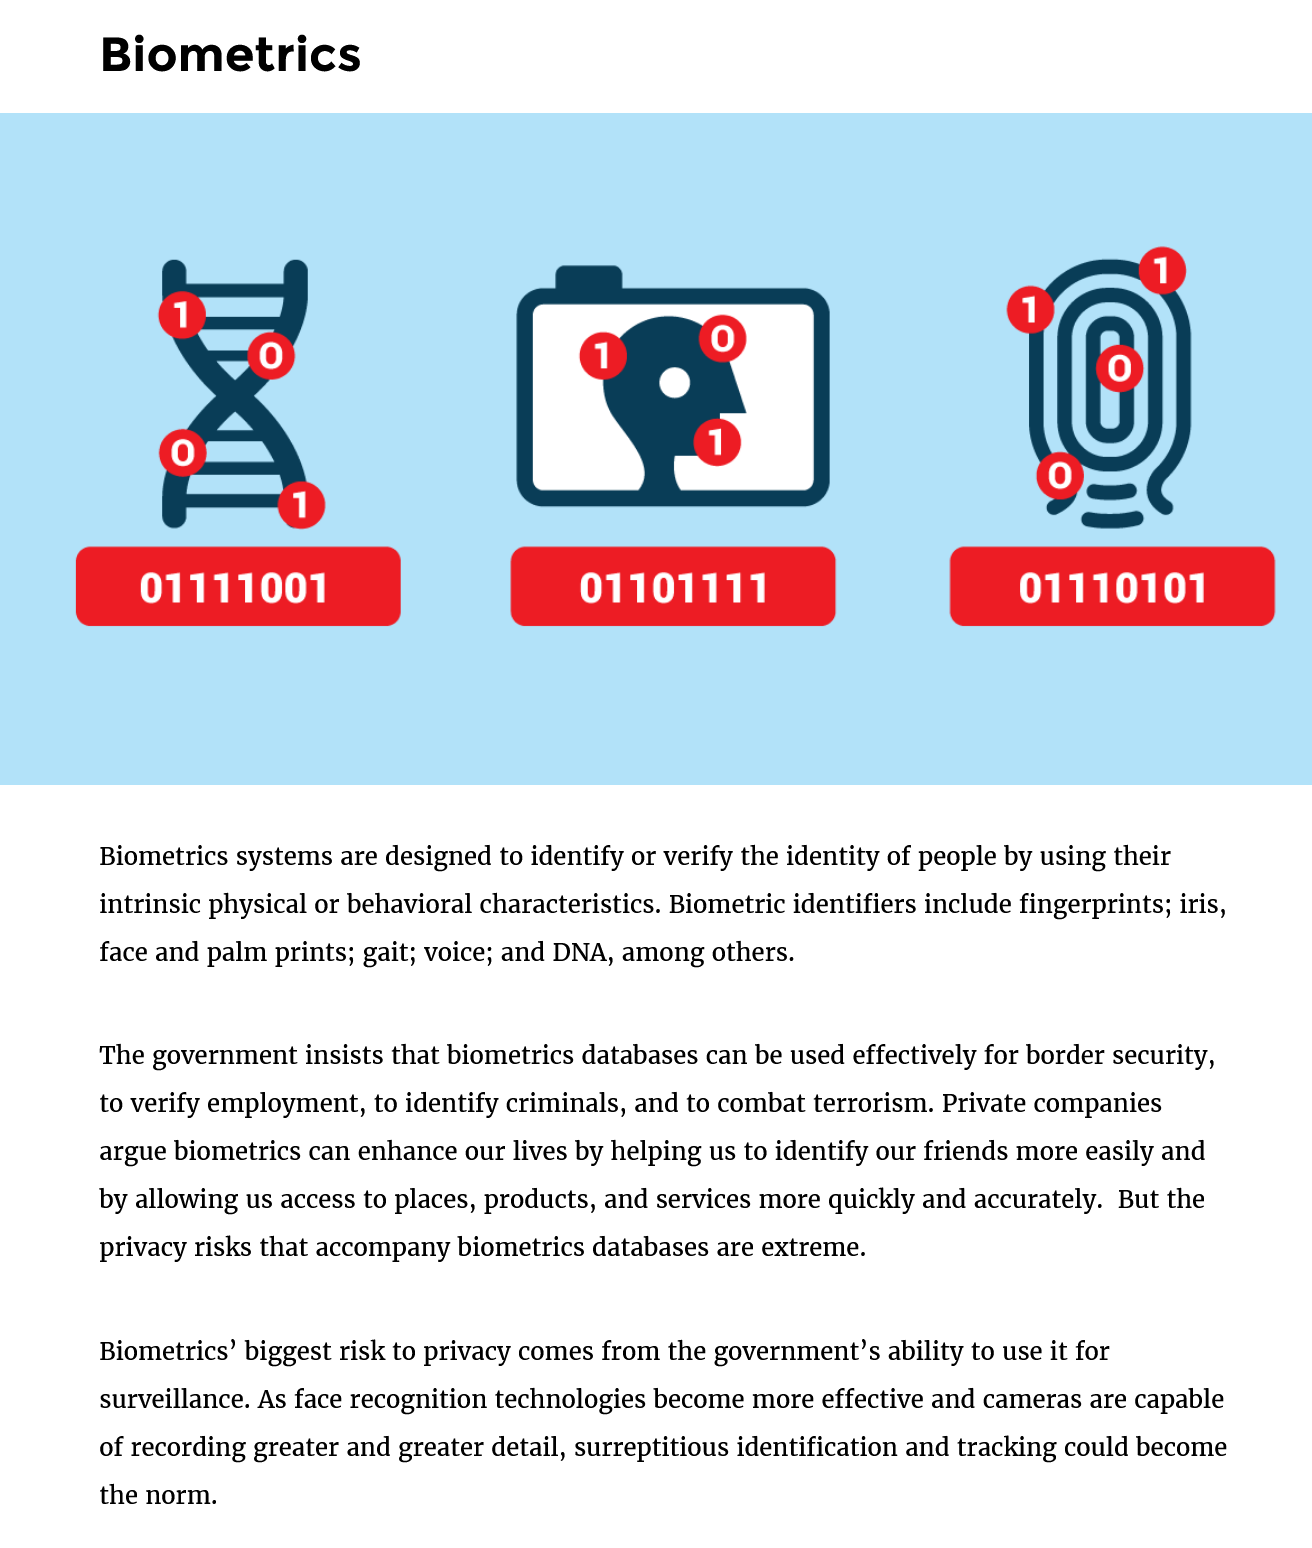
Biometrics
     Biometrics systems are designed to identify or verify the identity of people by using their
     intrinsic physical or behavioral characteristics. Biometric identifiers include fingerprints; iris,
     face and palm prints; gait; voice; and DNA, among others.
     The government insists that biometrics databases can be used effectively for border security
     to verify employment, to identify criminals, and to combat terrorism. Private companies
     argue biometrics can enhance our lives by helping us to identify our friends more easily and
     by allowing us access to places, products, and services more quickly and accurately. But the
     privacy risks that accompany biometrics databases are extreme.
     Biometrics’ biggest risk to privacy comes from the government’s ability to use it for
     surveillance. As face recognition technologies become more effective and cameras are capable
     of recording greater and greater detail, surreptitious identification and tracking could become
     the norm.